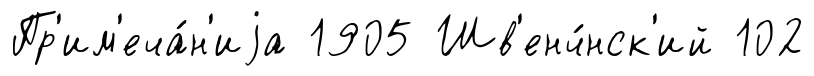
Пр'им'еча́н'иjа 1905 Шв'енч́нск'ий 102